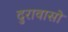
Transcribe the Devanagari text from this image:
दुरावासो